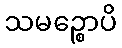
သမဉ္စောပိ